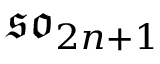
{ \mathfrak { s o } } _ { 2 n + 1 }